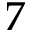
7